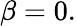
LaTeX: \beta=0.